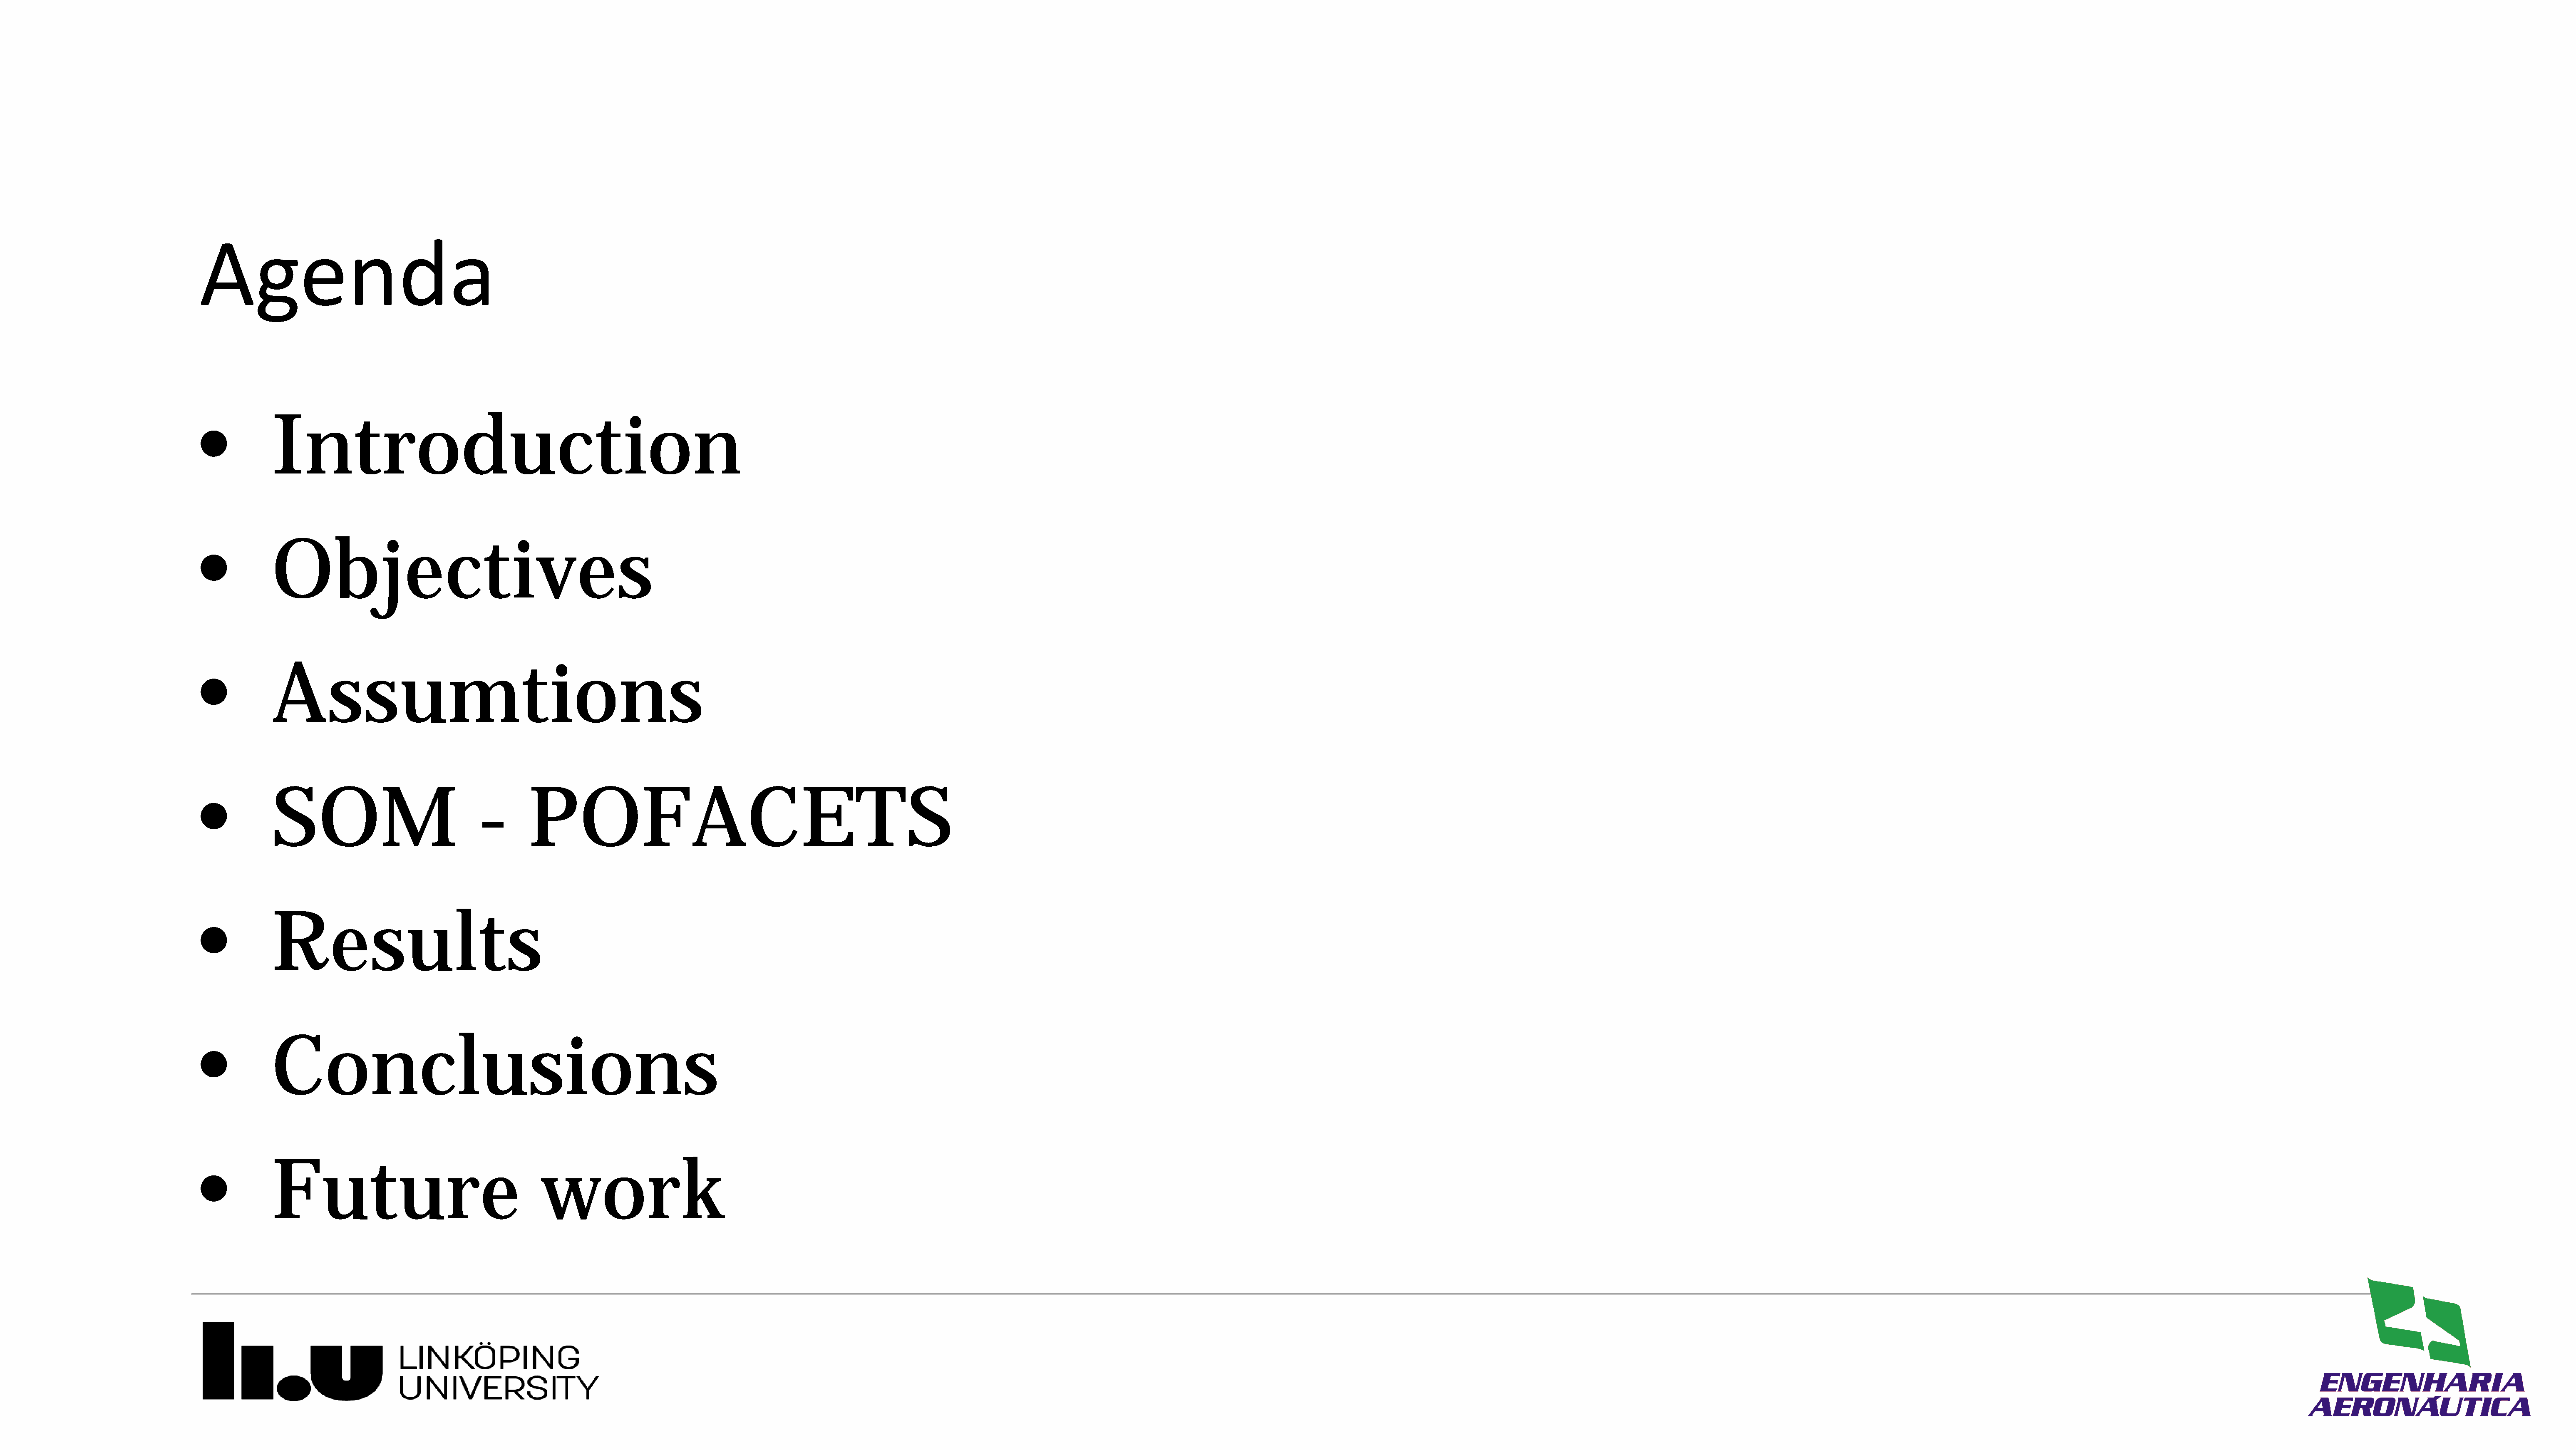
Agenda
 •          Introduction
 •          Objectives
 •          Assumtions
 •          SOM                              -       POFACETS
 •          Results
 •          Conclusions
 •          Future                                     work